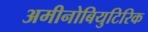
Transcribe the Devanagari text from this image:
अमीनोबियुटिरिक